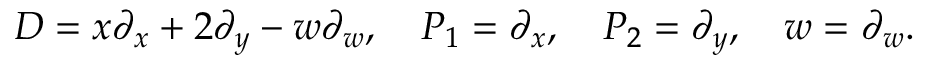
D = x \partial _ { x } + 2 \partial _ { y } - w \partial _ { w } , \quad P _ { 1 } = \partial _ { x } , \quad P _ { 2 } = \partial _ { y } , \quad w = \partial _ { w } .